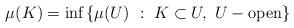
LaTeX: \begin{align*} \mu(K)= \textrm{inf}\, \{ \mu(U)\ :\ K\subset U,\ U-\textrm{open} \}\end{align*}